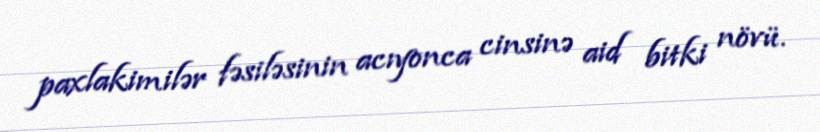
paxlakimilər fəsiləsinin acıyonca cinsinə aid bitki növü.